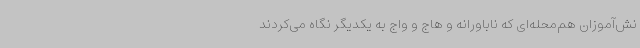
نش‌آموزان هم‌محله‌ای که ناباورانه و هاج و واج به یکدیگر نگاه می‌کردند